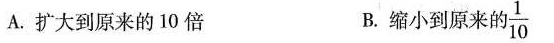
A.扩大到原来的10倍 B.缩小到原来的 \frac{1}{10}